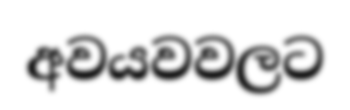
අවයවවලට